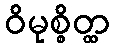
ဝိမုစ္စိတ္ထ